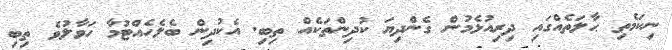
ނިކަމެތި ޙާލަތެއްގައި ދިރިއުޅެމުން ގެންދިޔަ ކުދިންތަކެއް ތިބި. އެކުދިން ބެލެހެއްޓުމާ ހަވާލުވެ ތިބި